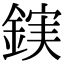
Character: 𮢖